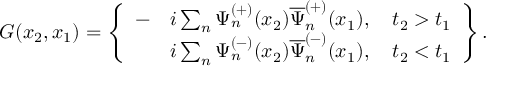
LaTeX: G ( x _ { 2 } , x _ { 1 } ) = \left\{ \begin{array} { l l } { { - } } & { { i \sum _ { n } ^ { } \Psi _ { n } ^ { ( + ) } ( x _ { 2 } ) \overline { { { \Psi } } } _ { n } ^ { ( + ) } ( x _ { 1 } ) , \quad t _ { 2 } > t _ { 1 } } } \\ { { } } & { { i \sum _ { n } ^ { } \Psi _ { n } ^ { ( - ) } ( x _ { 2 } ) \overline { { { \Psi } } } _ { n } ^ { ( - ) } ( x _ { 1 } ) , \quad t _ { 2 } < t _ { 1 } } } \end{array} \right\} .